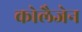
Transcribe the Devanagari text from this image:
कोलैजेन